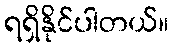
ရရှိနိုင်ပါတယ်။